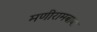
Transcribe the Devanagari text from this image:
मणीरामबाबा